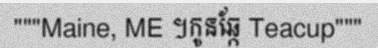
"""Maine, ME ។កូនឆ្កែ Teacup"""